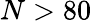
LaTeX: N>80